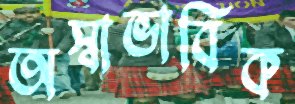
অস্বাভাবিক